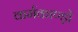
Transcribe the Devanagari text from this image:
कर्मकाण्ड़ों